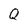
Character: Q